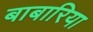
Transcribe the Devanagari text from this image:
बाबारिया